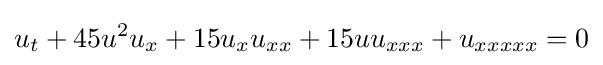
\displaystyle u_{t}+45u^{2}u_{x}+15u_{x}u_{xx}+15uu_{xxx}+u_{xxxxx}=0